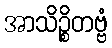
အာသိဉ္စိတဗ္ဗံ